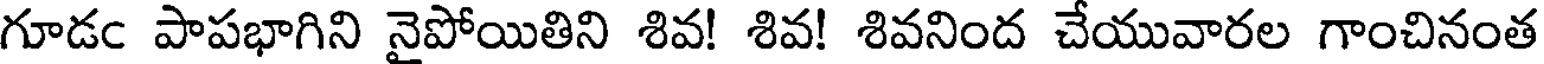
గూడఁ పాపభాగిని నైపోయితిని శివ! శివ! శివనింద చేయువారల గాంచినంత